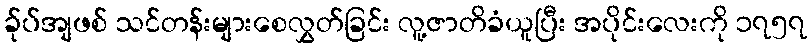
ခ်ုပ်အျဖစ် သင်တန်းများစေလွှတ်ခြင်း လူ့ဇာတိခံယူပြီး အပိုင်းလေးကို ၁၇၅၇